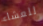
للعشاء